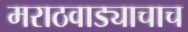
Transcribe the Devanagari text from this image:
मराठवाड्याचाच